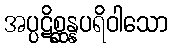
အပ္ပဋိစ္ဆန္နပရိဝါသော